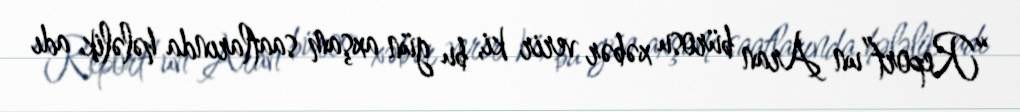
“Report”un Aran bürosu xəbər verir ki, bu gün axşam saatlarında hələlik adı